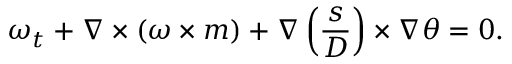
\omega _ { t } + \nabla \times ( \omega \times m ) + \nabla \left( \frac { s } { D } \right) \times \nabla \theta = 0 .